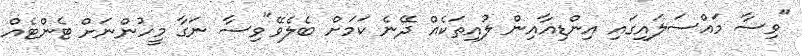
"ވިސާ މައްސަލައިގައި އިންޑިއާއިން ލުއިތަކެއް ދޭނެ ކަމަށް ބެލެވޭ"ވިސާ ނަގާ މީހުންނަށް ޓެންޓެއް